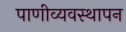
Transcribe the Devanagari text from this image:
पाणीव्यवस्थापन